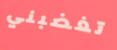
تغضبني